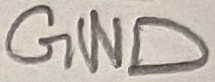
Text: GND